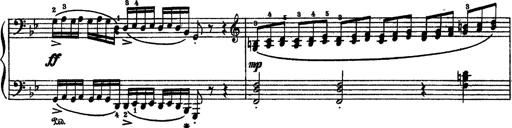
Title: Sarabande und Chaconne aus dem Singspiel
Composer: Franz Liszt